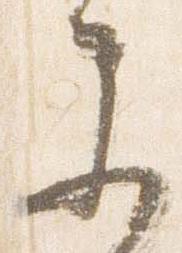
参